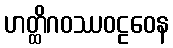
ဟတ္ထိဂဝဿဝဠဝေန